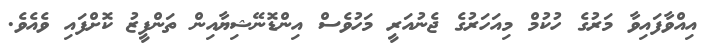
އިއްވާފައިވާ މަރުގެ ހުކުމް މިއަހަރުގެ ޖެނުއަރީ މަހުވެސް އިންޑޮނޭޝިޔާއިން ތަންފީޒު ކޮށްފައި ވެއެވެ.